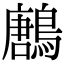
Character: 鶶